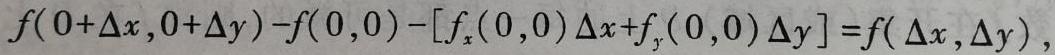
\[f(0 + \Delta x,0 + \Delta y)-f(0,0)-[f_x(0,0)\Delta x + f_y(0,0)\Delta y]=f(\Delta x,\Delta y),\]